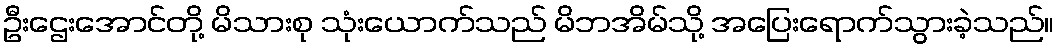
ဦးဌေးအောင်တို့ မိသားစု သုံးယောက်သည် မိဘအိမ်သို့ အပြေးရောက်သွားခဲ့သည်။